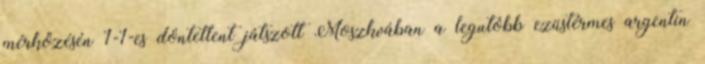
mérkőzésén 1-1-es döntetlent játszott Moszkvában a legutóbb ezüstérmes argentin